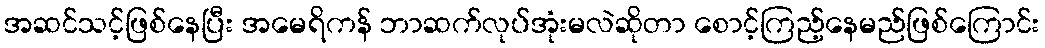
အဆင်သင့်ဖြစ်နေပြီး အမေရိကန် ဘာဆက်လုပ်အုံးမလဲဆိုတာ စောင့်ကြည့်နေမည်ဖြစ်ကြောင်း